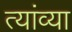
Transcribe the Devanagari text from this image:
त्यांव्या